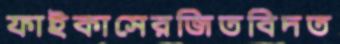
ফাইকাসেরজিতবিদত